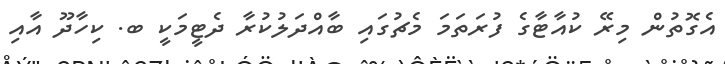
އެގޮތުން މިރޭ ކުއާޓާގެ ފުރަތަމަ މެޗުގައި ބާއްދަލުކުރާ ދެޓީމަކީ ބ. ކިހާދޫ އާއި